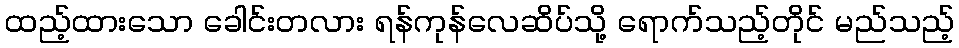
ထည့်ထားသော ခေါင်းတလား ရန်ကုန်လေဆိပ်သို့ ရောက်သည့်တိုင် မည်သည့်